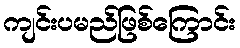
ကျင်းပမည်ဖြစ်ကြောင်း